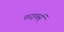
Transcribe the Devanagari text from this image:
फाइबर्स्